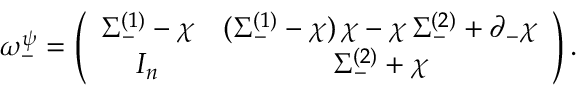
\omega _ { - } ^ { \psi } = \left( \begin{array} { c c } { { \Sigma _ { - } ^ { ( 1 ) } - \chi } } & { { ( \Sigma _ { - } ^ { ( 1 ) } - \chi ) \, \chi - \chi \, \Sigma _ { - } ^ { ( 2 ) } + \partial _ { - } \chi } } \\ { { I _ { n } } } & { { \Sigma _ { - } ^ { ( 2 ) } + \chi } } \end{array} \right) .